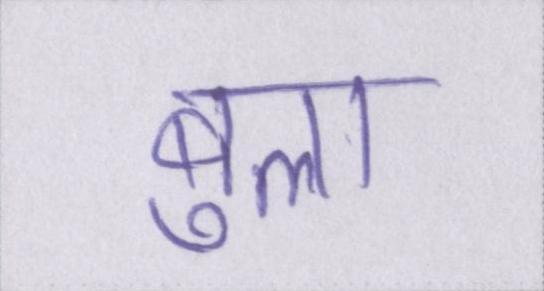
बुला